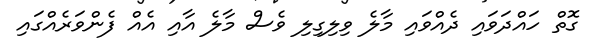
ގޮތް ހައްދަވައި ދެއްވައި މާލެ ވިލިގިލި ވެސް މާލެ އާއި އެއް ފެންވަރެއްގައި